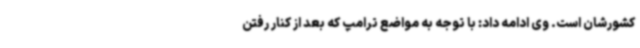
کشورشان است. وی ادامه داد: با توجه به مواضع ترامپ که بعد از کنار رفتن